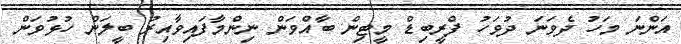
އަންނަ މަހު ދެވަނަ ދުވަހު ފްރީބިޑް މީޓިން ބާއްވަން ނިންމާފައިވާއިރު ބީލަން ހުޅުވަން